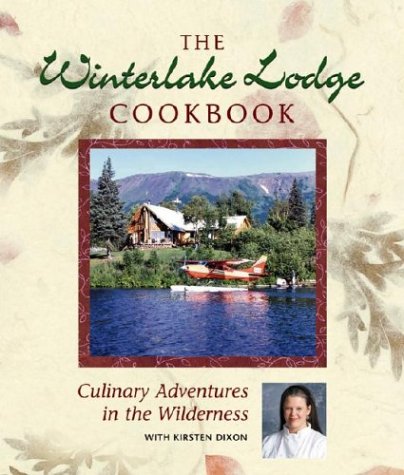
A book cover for Winterlake Lodge Cookbook: Culinary Adventures in; Kirsten Dixon; Cookbooks, Food & Wine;